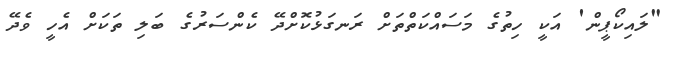
"ލައިކޯޕީން' އަކީ ހިތުގެ މަސައްކަތްތަށް ރަނގަޅުކޮށްދޭ ކެންސަރުގެ ބަލި ތަކަށް އެހީ ވެދޭ